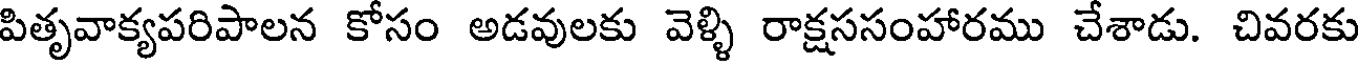
పితృవాక్యపరిపాలన కోసం అడవులకు వెళ్ళి రాక్షససంహారము చేశాడు. చివరకు